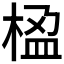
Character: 𬃇